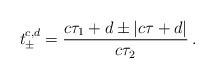
LaTeX: \begin{align*} t_{\pm}^{c,d}=\frac{c\tau_1+d \pm |c\tau +d|}{c\tau_2}\,.\end{align*}